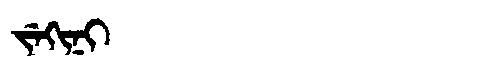
Manchu: ᠵᡝᡴᡳᠨᡳ
Romanization: JEKINI